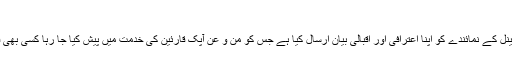
حیران و پریشان: اعترافی اور اقبالی بیان
ایک مینڈکی نے خفیہ طور پر اپنا نام نا ظاہر کرنے کی شرط پر ہمارے اوے چینل کے نمائندے کو اپنا اعترافی اور اقبالی بیان ارسال کیا ہے جس کو من و عن آپک قارئین کی خدمت میں پیش کیا جا رہا کسی بھی قسم کی مماثلت کو غیر اختیاری مماثلت سمجھا جائے بقول اور فعل مینڈکی کے۔